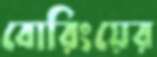
বোরিংয়ের